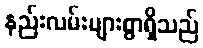
နည်းလမ်းများစွာရှိသည်